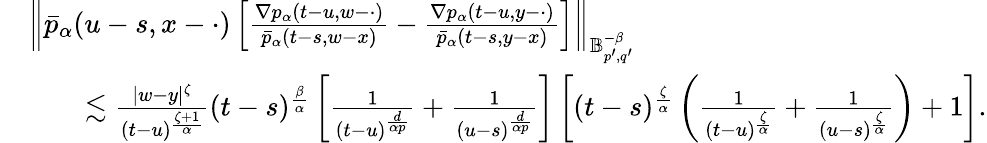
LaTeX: \begin{array}{rl}&{\left\Vert\bar{p}_{\alpha}(u-s,x-\cdot)\left[\frac{\nabla p_{\alpha}(t-u,w-\cdot)}{\bar{p}_{\alpha}(t-s,w-x)}-\frac{\nabla p_{\alpha}(t-u,y-\cdot)}{\bar{p}_{\alpha}(t-s,y-x)}\right]\right\Vert_{\mathbb{B}_{p^{\prime},q^{\prime}}^{-\beta}}}\\ &{\qquad\lesssim\frac{|w-y|^{\zeta}}{(t-u)^{\frac{\zeta+1}{\alpha}}}(t-s)^{\frac{\beta}{\alpha}}\left[\frac{1}{(t-u)^{\frac{d}{\alpha p}}}+\frac{1}{(u-s)^{\frac{d}{\alpha p}}}\right]\left[(t-s)^{\frac{\zeta}{\alpha}}\left(\frac{1}{(t-u)^{\frac{\zeta}{\alpha}}}+\frac{1}{(u-s)^{\frac{\zeta}{\alpha}}}\right)+1\right].}\end{array}